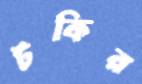
টকির